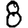
Digit: 8